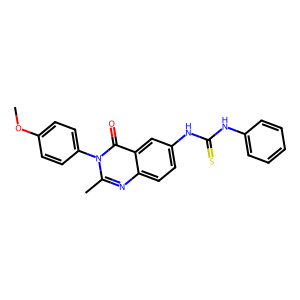
SMILES: COc1ccc(-n2c(C)nc3ccc(NC(=S)Nc4ccccc4)cc3c2=O)cc1
Inhibits HIV replication: No